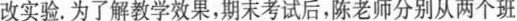
改实验。为了解教学效果，期末考试后，陈老师分别从两个班